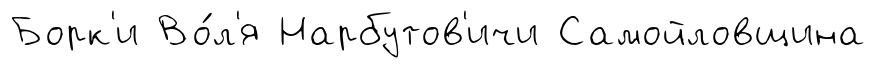
Борк'и Во́л'я Нарбутов'ичи Самойловщина